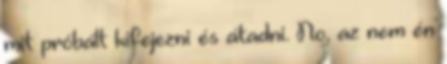
mit próbált kifejezni és átadni. No, az nem én